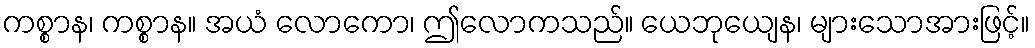
ကစ္စာန၊ ကစ္စာန။ အယံ လောကော၊ ဤလောကသည်။ ယေဘုယျေန၊ များသောအားဖြင့်။